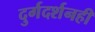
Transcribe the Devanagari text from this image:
दुर्गदर्शनही